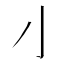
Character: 𰍧